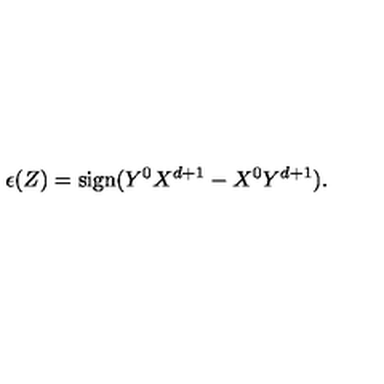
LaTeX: \epsilon ( Z ) = \mathrm { s i g n } ( Y ^ { 0 } X ^ { d + 1 } - X ^ { 0 } Y ^ { d + 1 } ) .